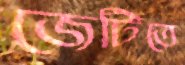
জেটিতে